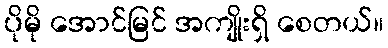
ပိုမို အောင်မြင် အကျိုးရှိ စေတယ်။